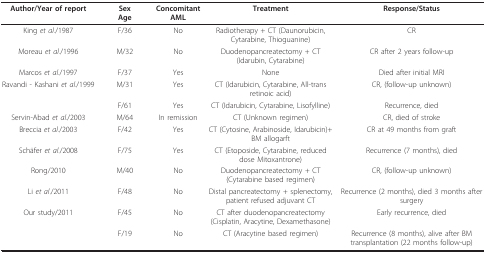
<table><thead><tr><td><b>Author/Year of report</b></td><td><b>SexAge</b></td><td><b>Concomitant AML</b></td><td><b>Treatment</b></td><td><b>Response/Status</b></td></tr></thead><tbody><tr><td>King <i>et al</i>./1987</td><td>F/36</td><td>No</td><td>Radiotherapy + CT (Daunorubicin, Cytarabine, Thioguanine)</td><td>CR</td></tr><tr><td>Moreau <i>et al</i>./1996</td><td>M/32</td><td>No</td><td>Duodenopancreatectomy + CT (Idarubin, Cytarabine)</td><td>CR after 2 years follow-up</td></tr><tr><td>Marcos <i>et al</i>./1997</td><td>F/37</td><td>Yes</td><td>None</td><td>Died after initial MRI</td></tr><tr><td>Ravandi - Kashani <i>et al</i>./1999</td><td>M/31</td><td>Yes</td><td>CT (Idarubicin, Cytarabine, All-trans retinoic acid)</td><td>CR, (follow-up unknown)</td></tr><tr><td></td><td>F/61</td><td>Yes</td><td>CT (Idarubicin, Cytarabine, Lisofylline)</td><td>Recurrence, died</td></tr><tr><td>Servin-Abad <i>et al</i>./2003</td><td>M/64</td><td>In remission</td><td>CT (Unknown regimen)</td><td>CR, died of stroke</td></tr><tr><td>Breccia <i>et al</i>./2003</td><td>F/42</td><td>Yes</td><td>CT (Cytosine, Arabinoside, Idarubicin)+ BM allogarft</td><td>CR at 49 months from graft</td></tr><tr><td>Schäfer <i>et al</i>./2008</td><td>F/75</td><td>Yes</td><td>CT (Etoposide, Cytarabine, reduced dose Mitoxantrone)</td><td>Recurrence (7 months), died</td></tr><tr><td>Rong/2010</td><td>M/40</td><td>No</td><td>Duodenopancreatectomy + CT (Cytarabine based regimen)</td><td>CR, (follow-up unknown)</td></tr><tr><td>Li <i>et al</i>./2011</td><td>F/48</td><td>No</td><td>Distal pancreatectomy + splenectomy, patient refused adjuvant CT</td><td>Recurrence (2 months), died 3 months after surgery</td></tr><tr><td>Our study/2011</td><td>F/45</td><td>No</td><td>CT after duodenopancreatectomy(Cisplatin, Aracytine, Dexamethasone)</td><td>Early recurrence, died</td></tr><tr><td></td><td>F/19</td><td>No</td><td>CT (Aracytine based regimen)</td><td>Recurrence (8 months), alive after BM transplantation (22 months follow-up)</td></tr></tbody></table>